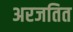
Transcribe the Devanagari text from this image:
अरजतित